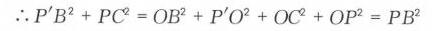
\(\therefore P'B^{2}+PC^{2}=OB^{2}+P'O^{2}+OC^{2}+OP^{2}=PB^{2}\)